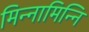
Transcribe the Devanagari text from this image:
मिन्नामिन्नि